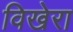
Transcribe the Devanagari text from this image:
विखेरा